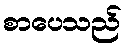
စာပေသည်